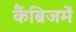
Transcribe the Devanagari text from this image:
कैंब्रिजमें